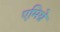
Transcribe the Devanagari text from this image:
एमिग्रे